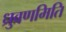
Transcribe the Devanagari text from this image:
ध्रुवणमिति